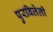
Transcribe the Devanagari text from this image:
पुरविलेली